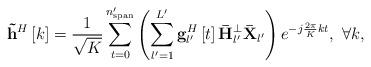
LaTeX: \begin{align*} {{{\bf{\tilde h}}}^H}\left[ k \right] = \frac{1}{{\sqrt K }}\sum\limits_{t = 0}^{{n'_{{\rm{span}}}}} {\left( {\sum\limits_{l' = 1}^{L'} {{\bf{g}}_{l'}^H\left[ t \right]{\bf{\bar H}}_{l'}^ \bot {{{\bf{\bar X}}}_{l'}}} } \right){e^{ - j\frac{{2\pi }}{K}kt}}} , \ \forall k, \end{align*}